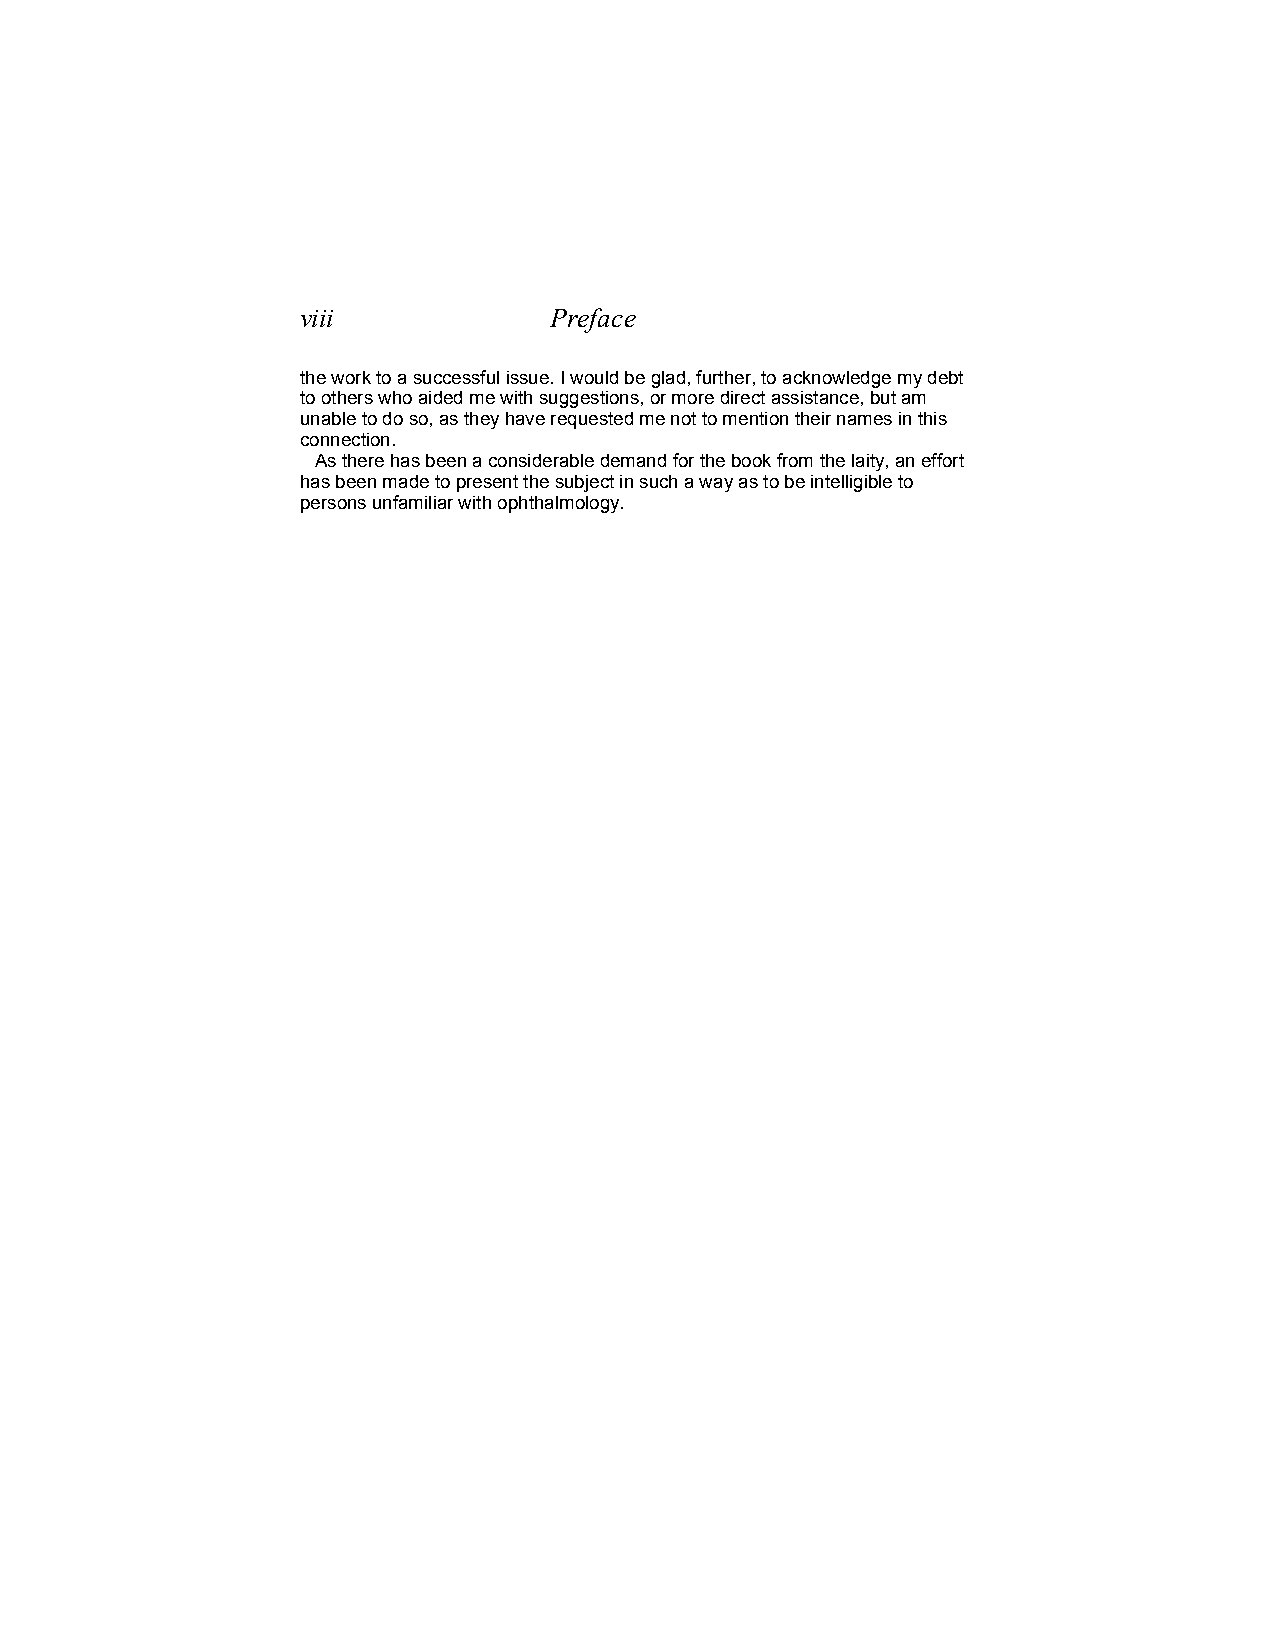
viii            Preface
 the work to a successful issue. I would be glad, further, to acknowledge my debt
 to others who aided me with suggestions, or more direct assistance, but am
 unable to do so, as they have requested me not to mention their names in this
 connection.
 As there has been a considerable demand for the book from the laity, an effort
 has been made to present the subject in such a way as to be intelligible to
 persons unfamiliar with ophthalmology.